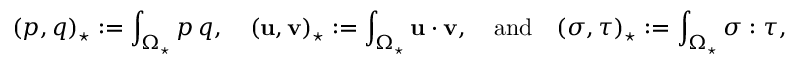
( p , q ) _ { \star } : = \int _ { \Omega _ { \star } } p \, q , \quad ( \mathbf { u } , { \mathbf { v } } ) _ { \star } : = \int _ { \Omega _ { \star } } \mathbf { u } \cdot { \mathbf { v } } , { \quad \mathrm { a n d } \quad } ( { \boldsymbol \sigma } , { \boldsymbol \tau } ) _ { \star } : = \int _ { \Omega _ { \star } } { \boldsymbol \sigma } : { \boldsymbol \tau } ,